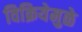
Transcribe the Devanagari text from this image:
विक्रियेमुळे